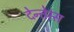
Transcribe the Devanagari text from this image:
देन्तेस्स